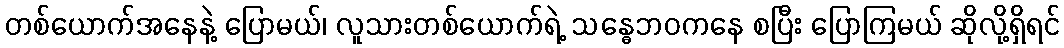
တစ်ယောက်အနေနဲ့ ပြောမယ်၊ လူသားတစ်ယောက်ရဲ့ သန္ဓေဘဝကနေ စပြီး ပြောကြမယ် ဆိုလို့ရှိရင်